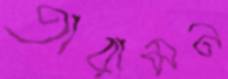
তারামন